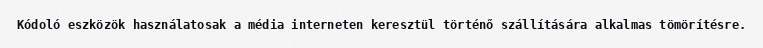
Kódoló eszközök használatosak a média interneten keresztül történő szállítására alkalmas tömörítésre.